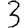
Digit: 3